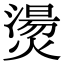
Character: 燙